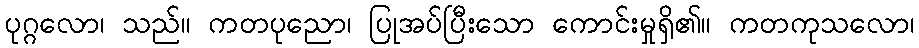
ပုဂ္ဂလော၊ သည်။ ကတပုညော၊ ပြုအပ်ပြီးသော ကောင်းမှုရှိ၏။ ကတကုသလော၊